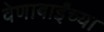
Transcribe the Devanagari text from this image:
वेणाबाईंच्या